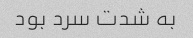
به شدت سرد بود